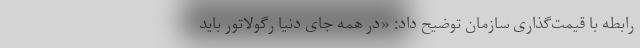
رابطه با قیمت‌گذاری سازمان توضیح داد: «در همه جای دنیا رگولاتور باید